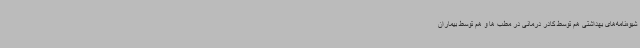
شیوه‌نامه‌های بهداشتی هم توسط کادر درمانی در مطب ها و هم توسط بیماران